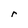
Character: r